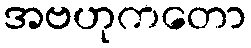
အဗဟုကတော